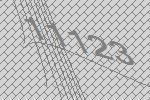
11123